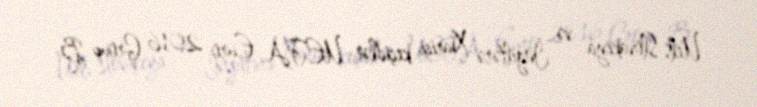
Uels Slovakiya və İngiltərə Xarici keçidlər UEFA Euro 2016 Group B.